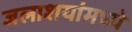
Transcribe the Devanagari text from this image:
जलाशयांमध्ये